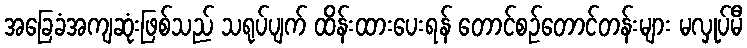
အခြေခံအကျဆုံးဖြစ်သည် သရုပ်ပျက် ထိန်းထားပေးရန် တောင်စဉ်တောင်တန်းများ မလှုပ်မီ